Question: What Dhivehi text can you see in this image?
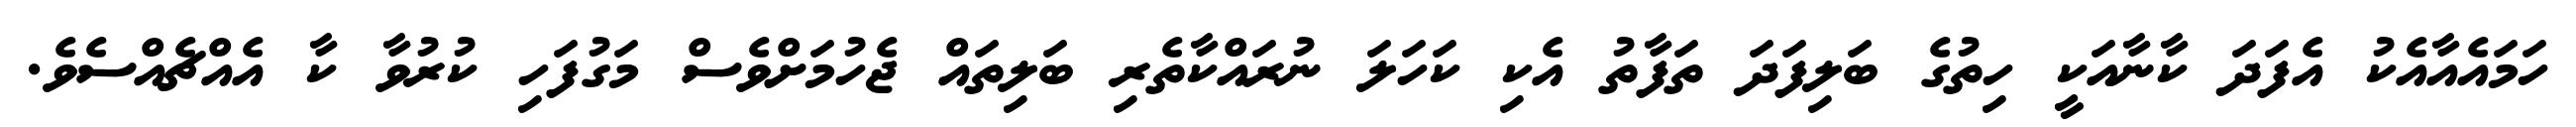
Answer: ހަމައެއާއެކު އެފަދަ ކާނާއަކީ ހިތުގެ ބަލިފަދަ ތަފާތު އެކި ކަހަލަ ނުރައްކާތެރި ބަލިތައް ޖެހުމަށްވެސް މަގުފަހި ކުރުވާ ކާ އެއްޗެއްސެވެ.